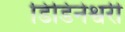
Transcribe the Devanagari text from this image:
डिडिनेश्वरी